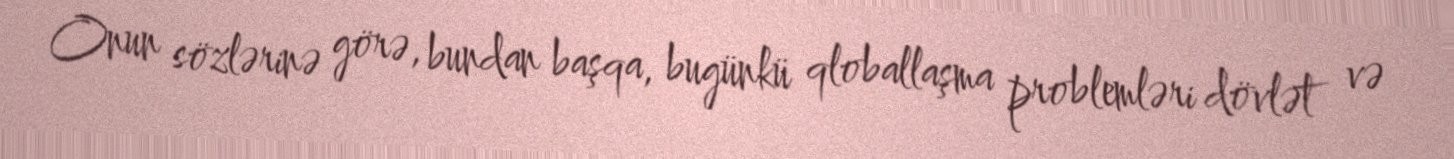
Onun sözlərinə görə, bundan başqa, bugünkü qloballaşma problemləri dövlət və